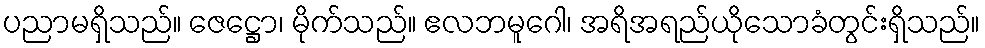
ပညာမရှိသည်။ ဇေဋ္ဌော၊ မိုက်သည်။ ဧလဘမူဂေါ၊ အရိအရည်ယိုသောခံတွင်းရှိသည်။